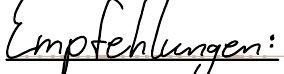
Empfehlungen: